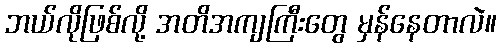
ဘယ်လိုဖြစ်လို့ အတိအကျကြီးတွေ မှန်နေတာလဲ။